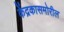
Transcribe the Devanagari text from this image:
केंद्रकासमोरील